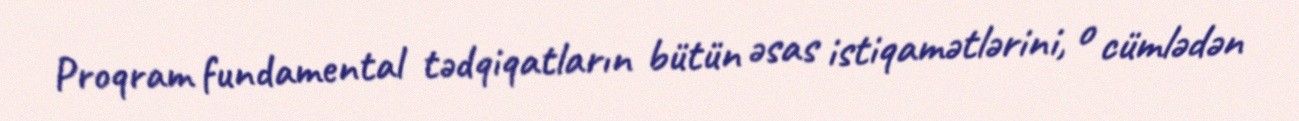
Proqram fundamental tədqiqatların bütün əsas istiqamətlərini, o cümlədən